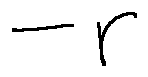
- r